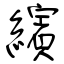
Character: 繽